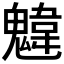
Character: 𩳷